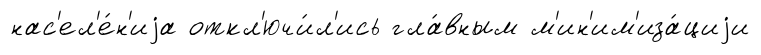
нас'ел'е́н'иjа откл'ючи́л'ись гла́вным м'ин'им'иза́циjи